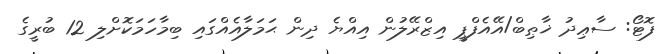
ފޮޓޯ: ސާޢިދު ޚާޠިބް/އޭއެފްޕީ އިޒްރޭލުން އިއްޔެ ދިން ޙަމަލާއެއްގައި ބިމާހަމަކޮށްލި 12 ބުރީގެ